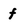
Character: f